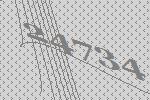
24734